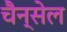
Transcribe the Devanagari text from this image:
चैन्सेल